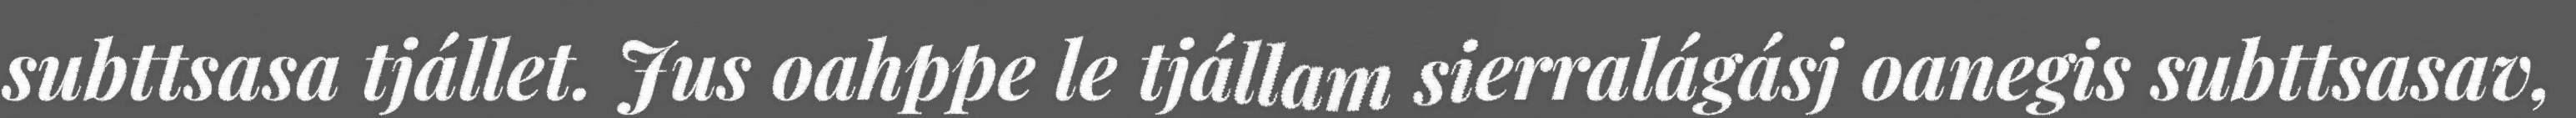
subttsasa tjállet. Jus oahppe le tjállam sierralágásj oanegis subttsasav,